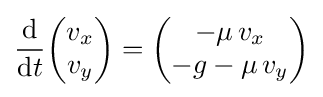
{\frac {\mathrm {d} }{\mathrm {d} t}}{\begin{pmatrix}v_{x}\\v_{y}\end{pmatrix}}={\begin{pmatrix}-\mu \,v_{x}\\-g-\mu \,v_{y}\end{pmatrix}}